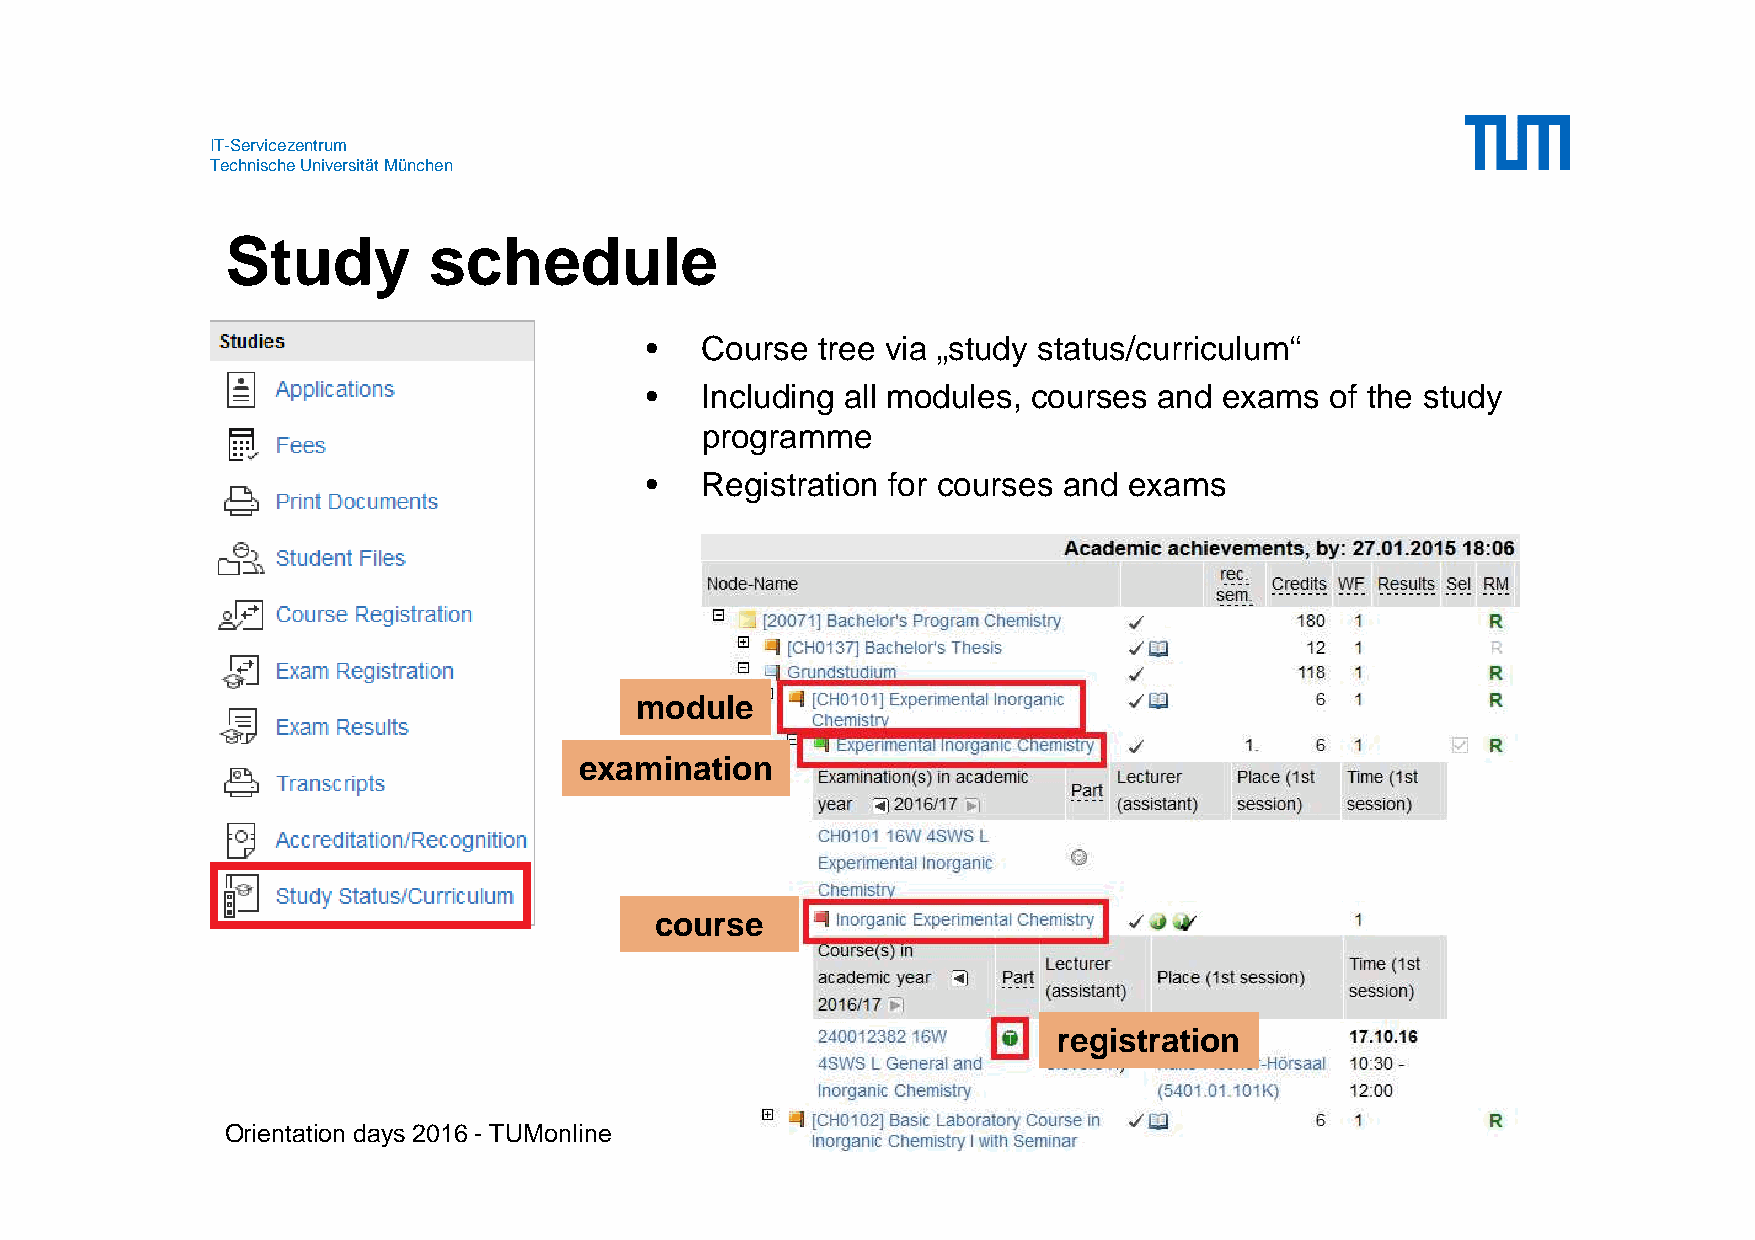
IT-Servicezentrum
 Technische Universität München
 Study        schedule
 •  Course  tree via „study status/curriculum“
 •  Including all modules, courses and exams  of the study
 programme
 •  Registration for courses and exams
 module
 examination
 course
 registration
 Orientation days 2016 - TUMonline